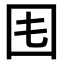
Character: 𡆰